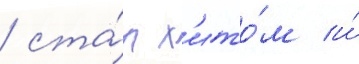
/ ста́л х'ито́м и́